Lunatic asylums in Bengal annual reports 1912-1924 - 1912-1924
Year: 1912
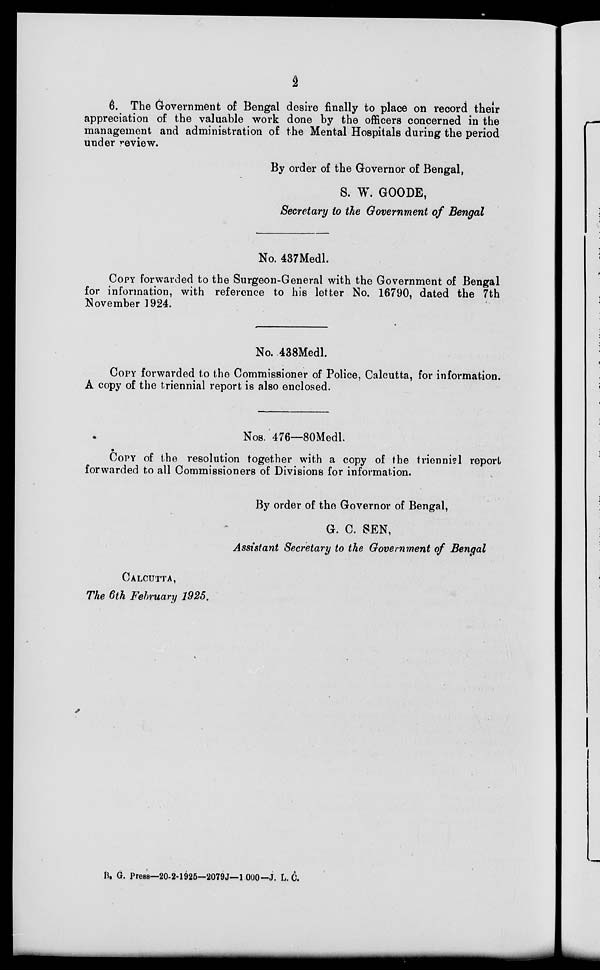
2
6. The Government of Bengal desire finally to place on record their
appreciation of the valuable work done by the officers concerned in the
management and administration of the Mental Hospitals during the period
under review.
By order of the Governor of Bengal,
S. W. GOODE,
Secretary to the Government of Bengal
No. 437Medl.
COPY forwarded to the Surgeon-General with the Government of Bengal
for information, with reference to his letter No. 16790, dated the 7th
November 1924.
No. 438Medl.
COPY forwarded to the Commissioner of Police, Calcutta, for information.
A copy of the triennial report is also enclosed.
Nos. 476—80Medl.
COPY of the resolution together with a copy of the triennial report
forwarded to all Commissioners of Divisions for information.
By order of the Governor of Bengal,
G. C. SEN,
Assistant Secretary to the Government of Bengal
CALCUTTA,
The 6th February 1925.
B. G. Press—20-2-1925—2079J—1,000—J. L.C.